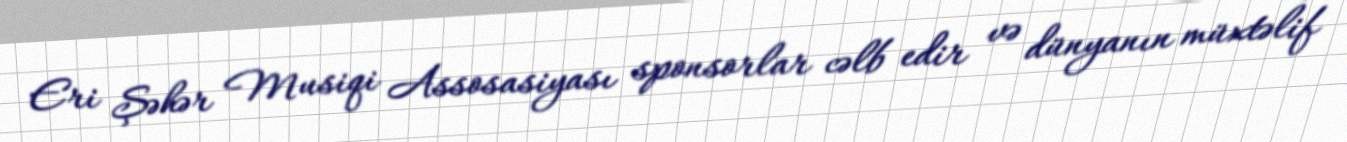
Eri Şəhər Musiqi Assosasiyası sponsorlar cəlb edir və dünyanın müxtəlif